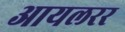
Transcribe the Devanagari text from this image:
आयलरर